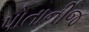
પોતાનીજ